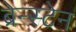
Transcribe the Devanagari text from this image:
ब्रेन्स्टेन